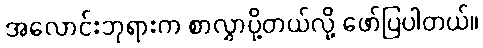
အလောင်းဘုရားက စာလွှာပို့တယ်လို့ ဖော်ပြပါတယ်။